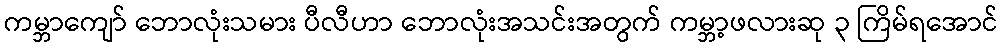
ကမ္ဘာကျော် ဘောလုံးသမား ပီလီဟာ ဘောလုံးအသင်းအတွက် ကမ္ဘာ့ဖလားဆု ၃ ကြိမ်ရအောင်